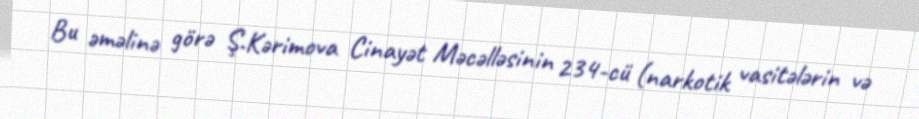
Bu əməlinə görə Ş.Kərimova Cinayət Məcəlləsinin 234-cü (narkotik vasitələrin və